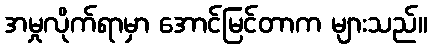
အမှုလိုက်ရာမှာ အောင်မြင်တာက များသည်။